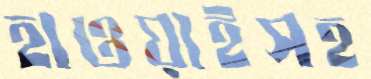
হাওয়াইসহ